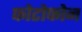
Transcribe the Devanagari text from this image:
फोटोफोन